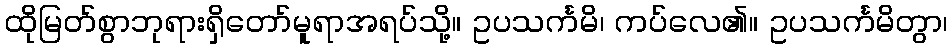
ထိုမြတ်စွာဘုရားရှိတော်မူရာအရပ်သို့။ ဥပသင်္ကမိ၊ ကပ်လေ၏။ ဥပသင်္ကမိတွာ၊